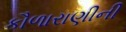
કૌળારાણીની